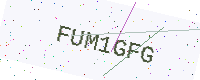
Text: FUM1GFG